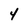
Character: 4